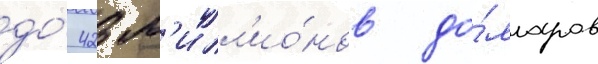
до́ 423 м'илл'ио́нов до́лларов